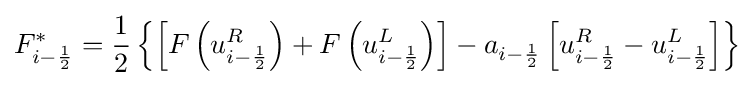
F_{i-{\frac {1}{2}}}^{*}={\frac {1}{2}}\left\{\left[F\left(u_{i-{\frac {1}{2}}}^{R}\right)+F\left(u_{i-{\frac {1}{2}}}^{L}\right)\right]-a_{i-{\frac {1}{2}}}\left[u_{i-{\frac {1}{2}}}^{R}-u_{i-{\frac {1}{2}}}^{L}\right]\right\}